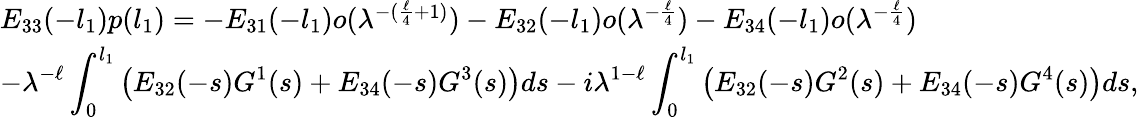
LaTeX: \begin{array}{l}{E_{33}(-l_{1})p(l_{1})=-E_{31}(-l_{1})o({\lambda}^{-(\frac{\ell}{4}+1)})-E_{32}(-l_{1})o({\lambda}^{-\frac{\ell}{4}})-E_{34}(-l_{1})o({\lambda}^{-\frac{\ell}{4}})}\\ {\displaystyle-{\lambda}^{-\ell}\int_{0}^{l_{1}}\left(E_{32}(-s)G^{1}(s)+E_{34}(-s)G^{3}(s)\right)ds-i{\lambda}^{1-\ell}\int_{0}^{l_{1}}\left(E_{32}(-s)G^{2}(s)+E_{34}(-s)G^{4}(s)\right)ds,}\end{array}